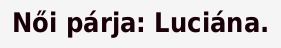
Női párja: Luciána.